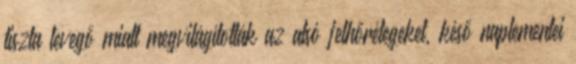
tiszta levegő miatt megvilágították az alsó felhőrétegeket, késő naplementei